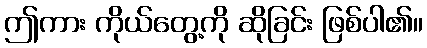
ဤကား ကိုယ်တွေ့ကို ဆိုခြင်း ဖြစ်ပါ၏။